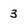
Character: 3